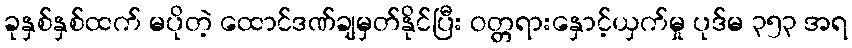
ခုနှစ်နှစ်ထက် မပိုတဲ့ ထောင်ဒဏ်ချမှတ်နိုင်ပြီး ဝတ္တရားနှောင့်ယှက်မှု ပုဒ်မ ၃၅၃ အရ